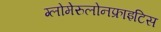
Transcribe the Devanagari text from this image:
ग्लोमेरुलोनफ्राइटिस